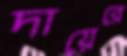
দায়েরে